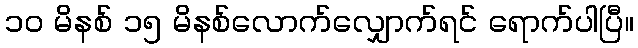
၁၀ မိနစ် ၁၅ မိနစ်လောက်လျှောက်ရင် ရောက်ပါပြီ။